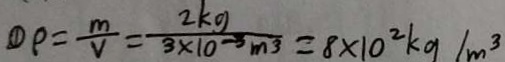
\textcircled { 1 } \rho = \frac { m } { V } = \frac { 2 k g } { 3 \times 1 0 ^ { - 3 } m ^ { 3 } } = 8 \times 1 0 ^ { 2 } k g / m ^ { 3 }